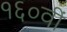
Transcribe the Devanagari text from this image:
१६०वीं